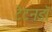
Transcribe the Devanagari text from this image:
टेटनडॉ